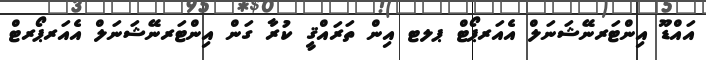
އައްޑޫ އިންޓަރނޭޝަނަލް އެއަރޕޯޓް ޕލޓ އިން ތަރައްޤީ ކުރާ ގަން އިންޓަރނޭޝަނަލް އެއަރޕޯރޓް